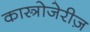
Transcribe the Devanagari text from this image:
कास्त्रोजेरीज़